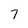
Character: 7